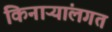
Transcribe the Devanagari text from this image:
किनाऱ्यांलगत